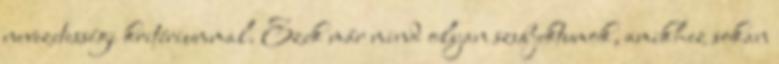
nevezetességi kritériummal. Ezek már mind olyan szubjektumok, amikhez sokan